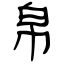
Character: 帛